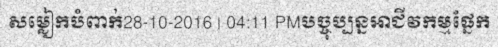
សម្លៀកបំពាក់28-10-2016 | 04:11 PMបច្ចុប្បន្នអាជីវកម្មផ្នែក